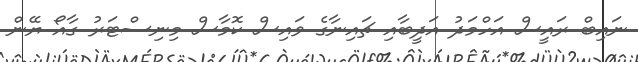
ނައިބް ރައީސް އަހްމަދު އަދީބާއި ޗައިނާގެ ވައިސް ކޮމާސް މިނިސްޓަރު ގާއޯ ޔޭން